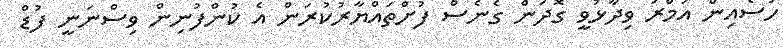
ހުސެއިން އަމްރު ވިދާޅުވީ ގޮދަން ގެނެސް ފުށްތައްޔާރުކުރަން އެ ކުންފުނިން ވިސްނަނީ ފުޑް